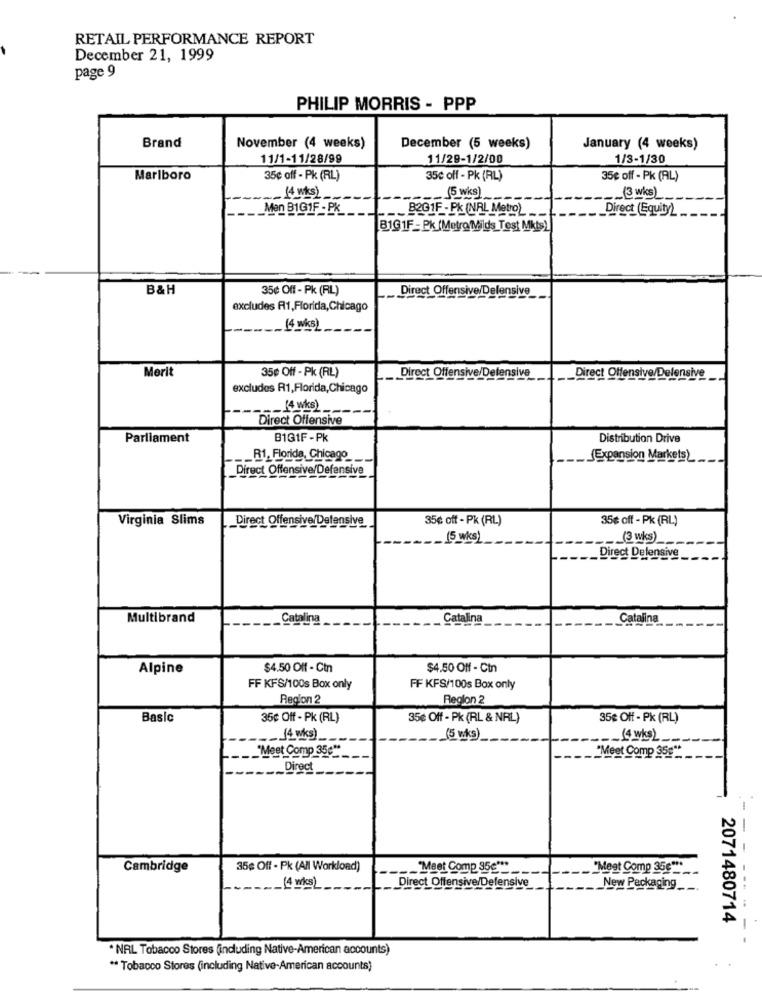
RETAIL PERFORMANCE REPORT
December 21, 1999
page 9
PHILIP MORRIS - PPP
Brand
November (4 weeks)
December (5 weeks)
January (4 weeks)
11/1-11/28/99
11/29-1/2/00
1/3-1/30
Marlboro
35¢ off - Pk (RL)
35c off - Pk (RL)
35€ off - Pk (AL)
. (4 wks)
_ (5 wks)
---
(3 wks
Men BIG1F - PK
_ B201F - PK (NAL Metro)
Direct (Equity)
B1G1F - Pk (MetroMilds Test Mkts)
B&H
35¢ Off - Pk (RL)
Direct Offensive/Defensive
excludes R1,Florida, Chicago
Merit
35¢ Off - Pk (RL)
Direct Offensive/Defensive
Direct Offensive/Defensive
excludes R1,Florida,Chicago
(4wks)
Direct Offensive
Parliament
B1GIF -PK
Distribution Drive
.__ R1, Florida, Chicago
(Expansion Markets)
_Direct Offensive/Defensive
Virginia Slims
Direct Offensive/Defensive
35¢ off - Pk (RL)
35¢ off - PK (RL)
15 wks)
(3 wks)
Direct Defensive _
Multibrand
.Catalina
Catalina
Catalina
Alpine
$4.50 Off - Ctn
$4.50 Off - Ctn
FF KFS/100s Box only
FF KFS/100s Box only
Region 2
Region 2
Basic
35¢ Off - Pk (RL)
35€ Off - Pk (RL & NAL)
35€ Off - Pk (RL)
14 wks)
[4wks2
"Meet Comp 35c":
"Meet Comp 35g **
_ Direct
-- -
Cambridge
35¢ Off - Pk (All Workload)
"Meet Comp 95c ***
"Meet Comp 35€ ***_
(4 wks)
Direct Offensive/Defensive
New Packaging
2071480714
* NRL Tobacco Stores (including Native-American accounts)
** Tobacco Stores (including Native-American accounts)